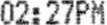
02:27PM